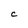
Character: C